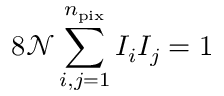
8 \mathcal { N } \sum _ { i , j = 1 } ^ { n _ { \mathrm { p i x } } } I _ { i } I _ { j } = 1